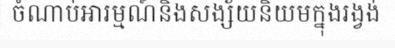
ចំណាប់អារម្មណ៍និងសង្ស័យនិយមក្នុងរង្វង់